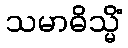
သမာဓိသ္မိံ